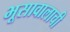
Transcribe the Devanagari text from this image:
भूसावालाची